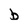
Character: b